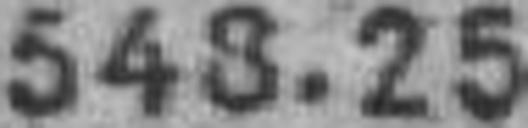
548.25